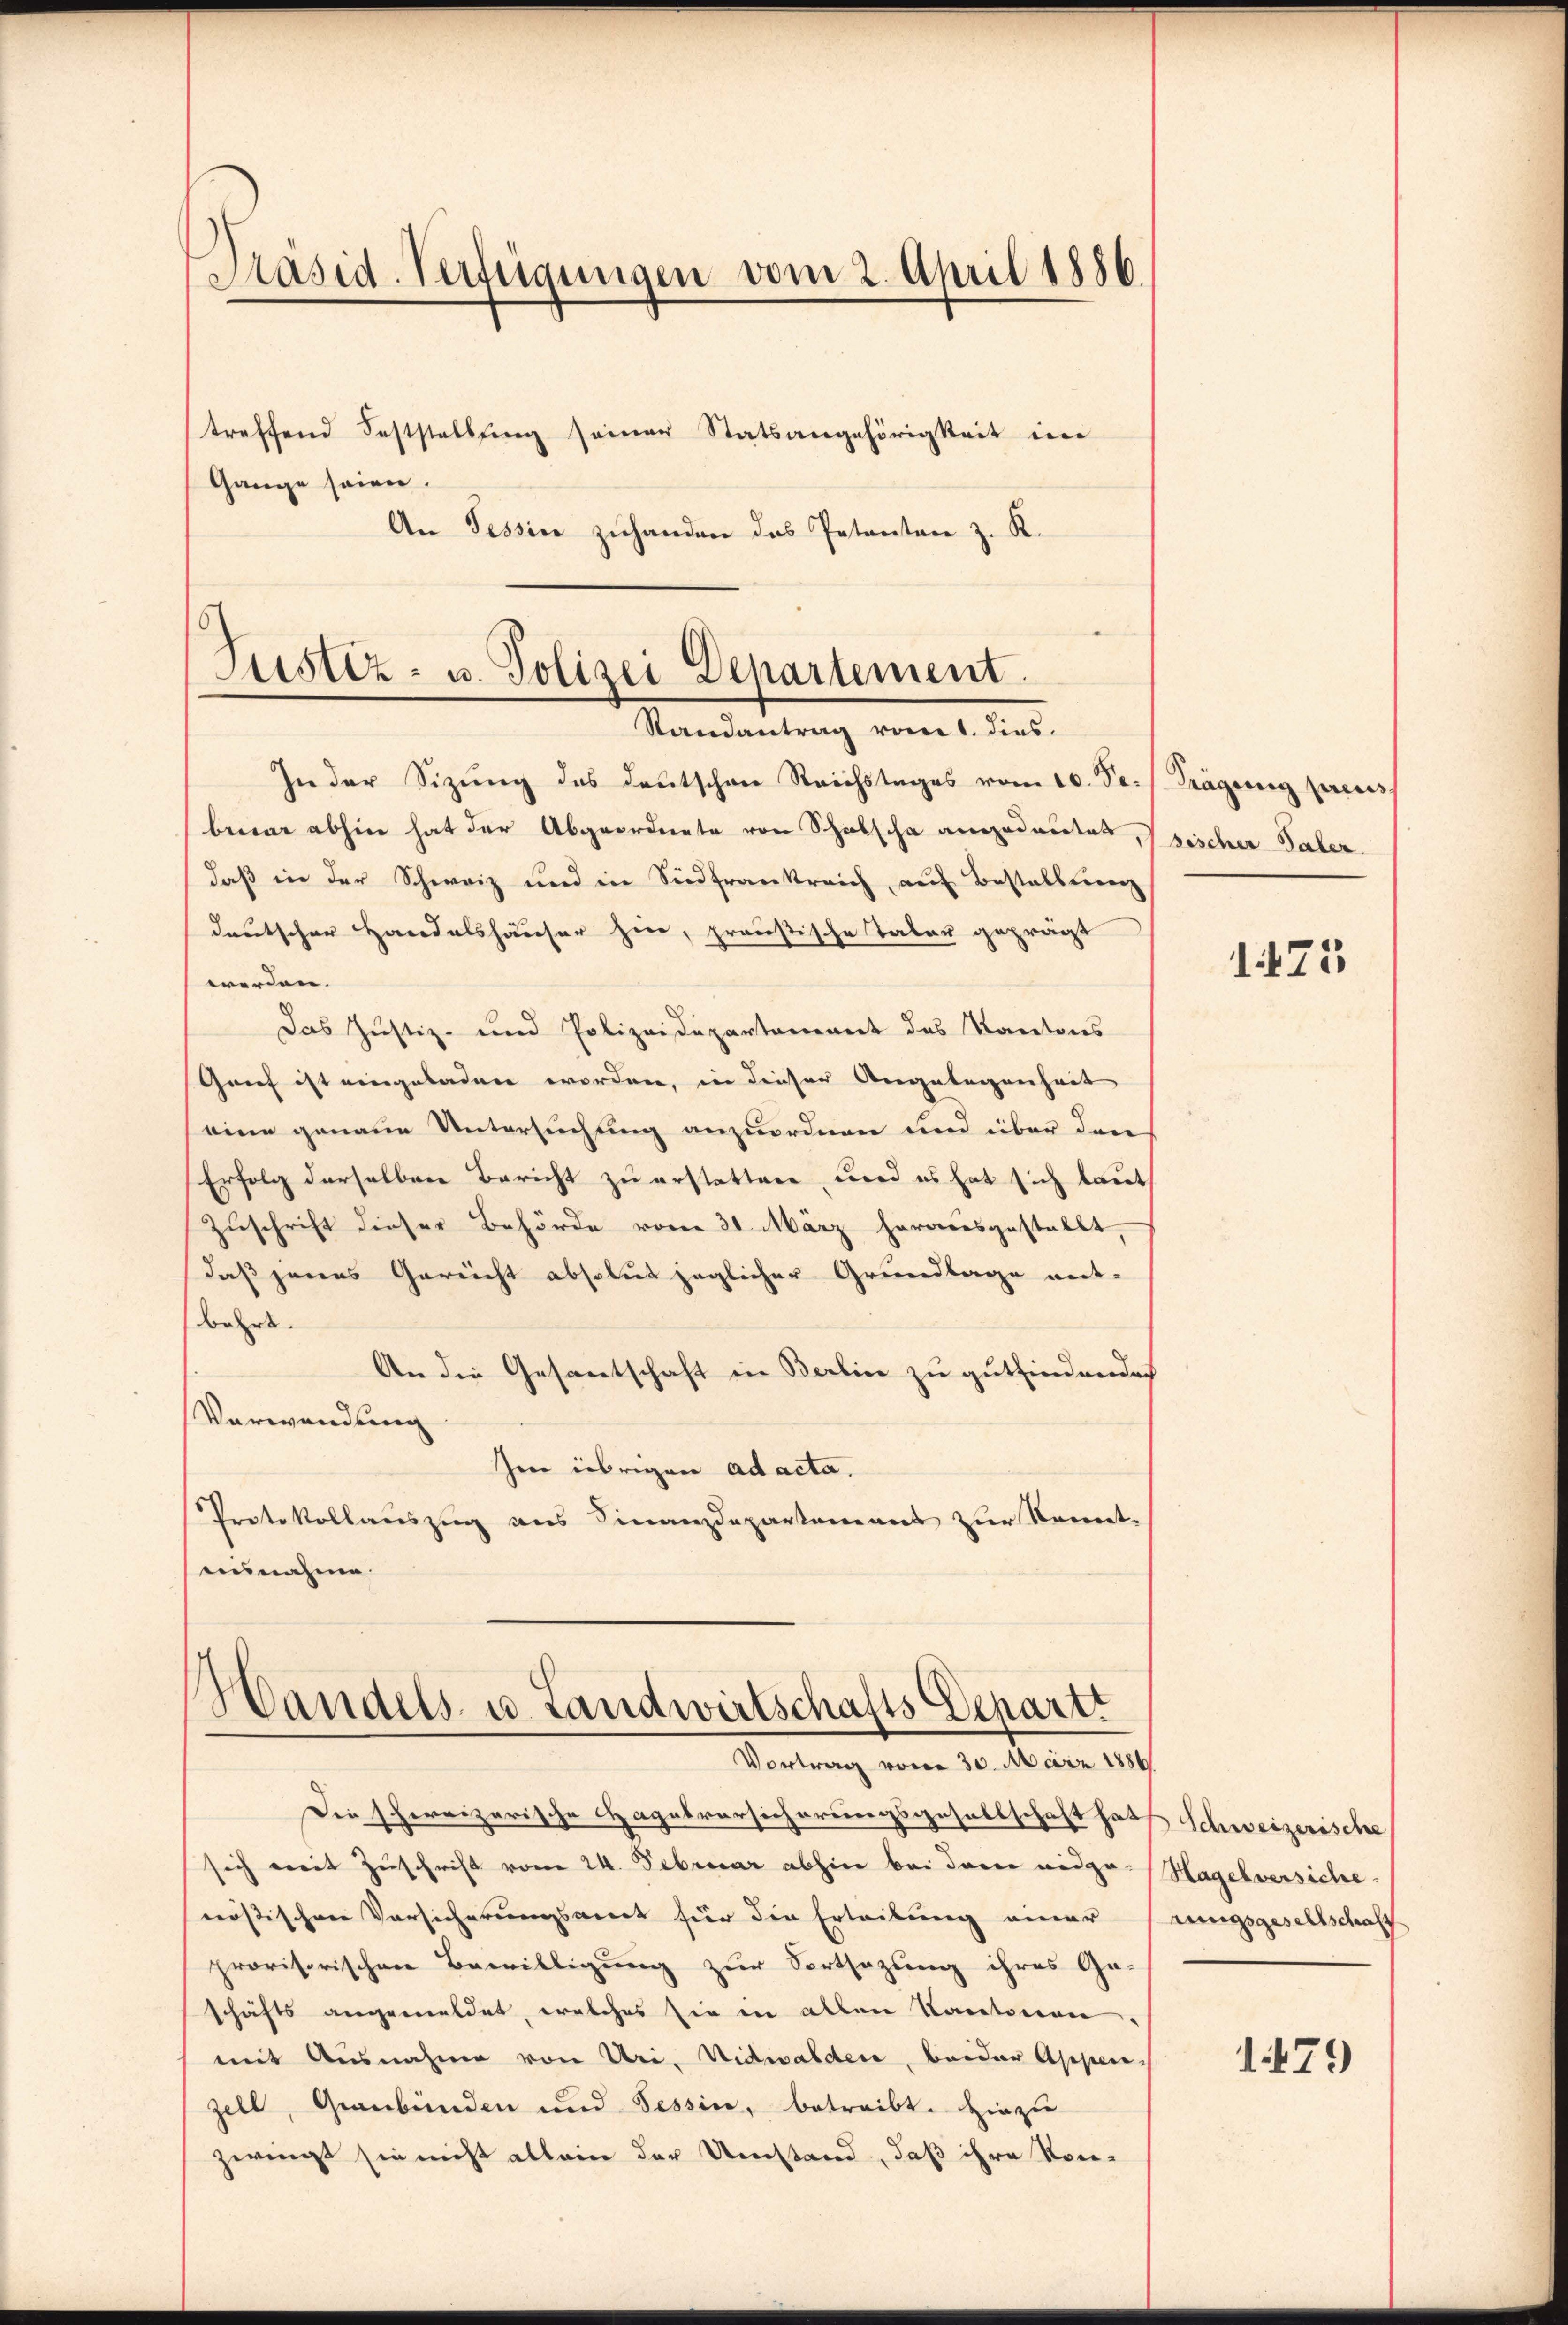
Präsid. Verfügungen vom 2. April 1886.

treffend Feststellung seiner Statsangehörigkeit eine
Gange seien.
An Tessin zuhanden das Petenten z. K.

Justiz- u. Polizei Departement.
Randantrag vom 1. dies

In der Sizŭng des deutschen Reichstages vom 10. Se. Tragŭng pacibenen abhin hat der Abgeordnete von Schabscha angedeutet, sischer Taber
daß in der Schweiz und in Sidfrankreich, auf Bestellten
deutscher Handelshäuser hin, preußische Taber geprägt
werden. |
Das Justiz- und Polizeidepartement des Kantons
Genf ist eingeladen worden, in dieser Angelegenheit
eine genaue Untersuchung anzuordnen und über den
Erfolg derselben Bericht zu erstattene, wird es hat sich laut
Zuschrift dieser Behörde vom 31. März herausgestellt,
daß jenes Gereicht absolut jeglicher Grundlage mit-
bahrt.
An die Gesantschaft in Berlin zu gutfindenden
Verwendung
Im übrigen ad acta.
Protokollauszug aus Finanzdepartement zur Kennt-
annahme.
Handels- u. Landwirtschafts Departi
Vortrag vom 30. März 1886
Die schereizerische Hagelvorsicherungsgesellschaft hat Schweizerische
sich mit Zuschrift vom 24. Februar abhin bei darin nidpo. Hagelversiche
nößischen Vorsicherungswert für die Erteilung einer Prungsgesellschaft
provisorischen Bewilligung zur Fortsezung ihres Ga-
schäfts angemeldet, welches sie in allen Kantorien
mit Ausnahme von Uri, Nidwalden, beider Appen-
zell, Graubünden und Tessin, betreibt. Hiezu
zwingt sie nicht allein der Umstand, daß ihre Kon-

1473

1479